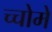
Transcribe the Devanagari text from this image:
च्चोमे